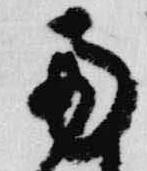
南